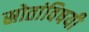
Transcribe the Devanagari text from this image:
स्रोतांविषयी